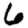
Digit: 6